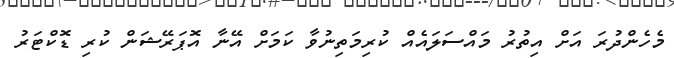
މެހެންދުރަ އަށް އިތުރު މައްސަލައެއް ކުރިމަތިނުވާ ކަމަށް އޭނާ އޮޕަރޭޝަން ކުރި ޑޮކްޓަރު